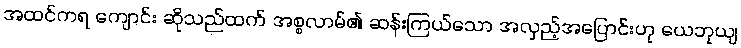
အထင်ကရ ကျောင်း ဆိုသည်ထက် အစ္စလာမ်၏ ဆန်းကြယ်သော အလှည့်အပြောင်းဟု ယေဘုယျ